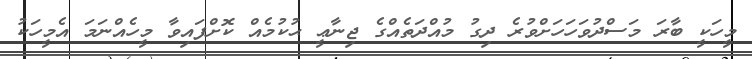
މީހަކީ ބާރަ މަސްދުވަހަހަށްވުރެ ދިގު މުއްދަތެއްގެ ޖިނާޢީ ޙުކުމެއް ކޮށްފައިވާ މީހެއްނަމަ އެމީހަކު